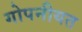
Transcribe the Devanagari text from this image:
गोपनीयत